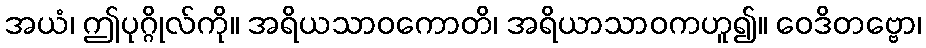
အယံ၊ ဤပုဂ္ဂိုလ်ကို။ အရိယသာဝကောတိ၊ အရိယာသာဝကဟူ၍။ ဝေဒိတဗ္ဗော၊